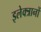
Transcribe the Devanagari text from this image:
इलेक्त्रानों